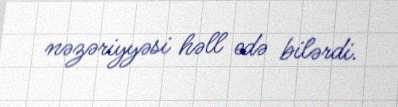
nəzəriyyəsi həll edə bilərdi.